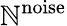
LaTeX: \mathbb{N}^{\mathrm{{noise}}}